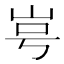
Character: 㞻